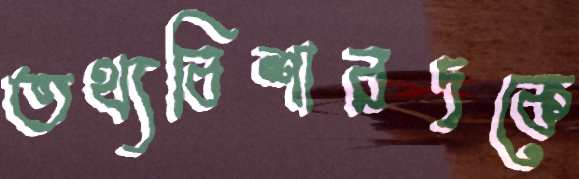
তথ্যবিশারদকে